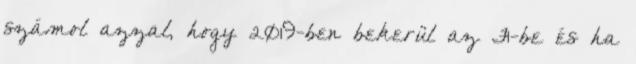
számol azzal, hogy 2019-ben bekerül az F1-be és ha